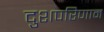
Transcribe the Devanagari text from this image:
दुशपरिणाम